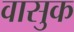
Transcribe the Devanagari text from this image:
वासुक